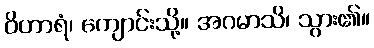
ဝိဟာရံ၊ ကျောင်းသို့။ အဂမာသိ၊ သွား၏။